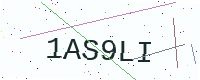
Text: 1AS9LI